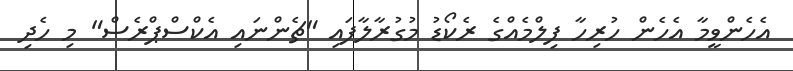
އެހެންވީމާ އެހެން ހުރިހާ ފިލްމެއްގެ ރެކޯޑު މުގުރާލާފައި "ޗެންނައި އެކްސްޕްރެސް" މި ހެދި